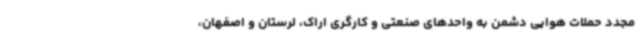
مجدد حملات هوایی دشمن به واحدهای صنعتی و کارگری اراک، لرستان و اصفهان،